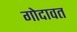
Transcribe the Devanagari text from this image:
गोदावत